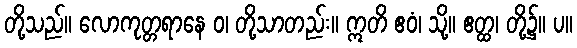
တို့သည်။ လောကုတ္တရာနေ ဝ၊ တို့သာတည်း။ ဣတိ ဧဝံ၊ သို့။ ဧတ္ထ၊ တို့၌။ ပ။